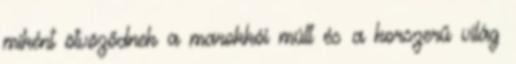
miként ötvöződnek a marokkói múlt és a korszerű világ